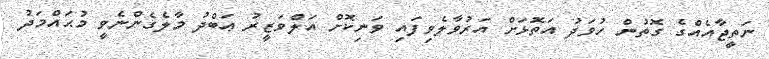
ނަތީޖާއެއްގެ ގޮތުން ހުވަދު އަތޮޅަށް އަރުވާލެވިފައި ވަނިކޮށް އަލްވަޒީރު ޢަބްދު މާލެގެންނެވީ މުޙައްމަދު